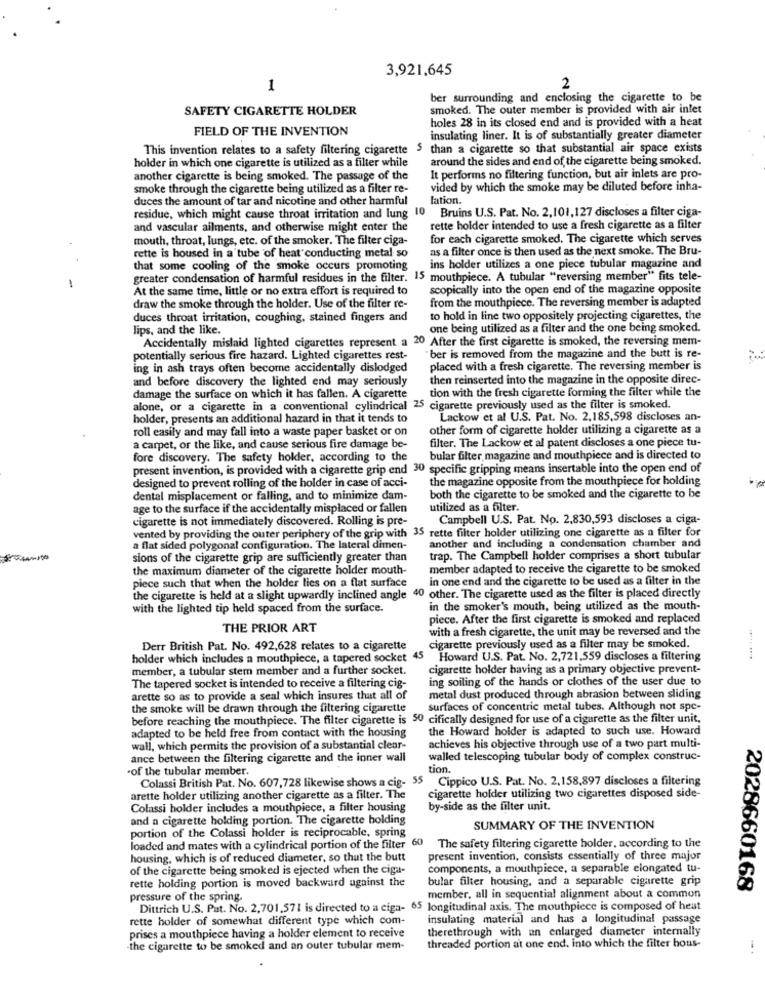
3,921,645
1
2
ber surrounding and enclosing the cigarette to be
SAFETY CIGARETTE HOLDER
smoked. The outer member is provided with air inlet
holes 28 in its closed end and is provided with a heat
FIELD OF THE INVENTION
insulating liner. It is of substantially greater diameter
This invention relates to a safety filtering cigarette $ than a cigarette so that substantial air space exists
holder in which one cigarette is utilized as a filter while
around the sides and end of the cigarette being smoked.
another cigarette is being smoked. The passage of the
It performs no filtering function, but air inlets are pro-
smoke through the cigarette being utilized as a filter re-
vided by which the smoke may be diluted before inha-
duces the amount of tar and nicotine and other harmful
lation.
residue, which might cause throat irritation and lung 10 Bruins U.S. Pat. No. 2,101,127 discloses a filter ciga-
and vascular ailments, and otherwise might enter the
rette holder intended to use a fresh cigarette as a filter
mouth, throat, lungs, etc. of the smoker. The filter ciga-
for each cigarette smoked. The cigarette which serves
as a filter once is then used as the next smoke. The Bru-
rette is housed in a tube of heat conducting metal so
that some cooling of the smoke occurs promoting
ins holder utilizes a one piece tubular magazine and
greater condensation of harmful residues in the filter. 15 mouthpiece. A tubular "reversing member" fits tele-
-
At the same time, little or no extra effort is required to
scopically into the open end of the magazine opposite
from the mouthpiece. The reversing member is adapted
draw the smoke through the holder. Use of the filter re-
duces throat irritation, coughing, stained fingers and
to hold in line two oppositely projecting cigarettes, the
lips, and the like.
one being utilized as a filter and the one being smoked.
Accidentally mislaid lighted cigarettes represent a 20 After the first cigarette is smoked, the reversing mem-
potentially serious fire hazard. Lighted cigarettes rest-
"ber is removed from the magazine and the butt is re-
ing in ash trays often become accidentally dislodged
placed with a fresh cigarette. The reversing member is
and before discovery the lighted end may seriously
then reinserted into the magazine in the opposite direc-
tion with the fresh cigarette forming the filter while the
damage the surface on which it has fallen. A cigarette
alone, or a cigarette in a conventional cylindrical 25 cigarette previously used as the filter is smoked.
holder, presents an additional hazard in that it tends to
Lackow et al U.S. Pat. No. 2.185,598 discloses an-
roll easily and may fall into a waste paper basket or on
other form of cigarette holder utilizing a cigarette as a
a carpet, or the like, and cause serious fire damage be-
filter. The Lackow et al patent discloses a one piece tu-
fore discovery. The safety holder, according to the
bular filter, magazine and mouthpiece and is directed to
present invention, is provided with a cigarette grip end 30 specific gripping means insertable into the open end of
designed to prevent rolling of the holder in case of acci-
the magazine opposite from the mouthpiece for holding
dental misplacement or falling, and to minimize dam-
both the cigarette to be smoked and the cigarette to be
age to the surface if the accidentally misplaced or fallen
utilized as a filter.
cigarette is not immediately discovered. Rolling is pre-
Campbell U.S. Pat. No. 2,830,593 discloses a ciga-
vented by providing the outer periphery of the grip with 35 rette filter holder utilizing one cigarette as a filter for
another and including a condensation chamber and
a flat sided polygonal configuration. The lateral dimen-
sions of the cigarette grip are sufficiently greater than
trap. The Campbell holder comprises a short tubular
the maximum diameter of the cigarette holder mouth-
member adapted to receive the cigarette to be smoked
in one end and the cigarette to be used as a filter in the
piece such that when the holder lies on a flat surface
the cigarette is held at a slight upwardly inclined angle 40 other. The cigarette used as the filter is placed directly
with the lighted tip held spaced from the surface.
in the smoker's mouth, being utilized as the mouth-
piece. After the first cigarette is smoked and replaced
THE PRIOR ART
with a fresh cigarette, the unit may be reversed and the
Derr British Pat. No. 492,628 relates to a cigarette
cigarette previously used as a filter may be smoked.
holder which includes a mouthpiece, a tapered socket 45 Howard U.S. Pat. No. 2,721,559 discloses a filtering
member, a tubular stem member and a further socket.
cigarette holder having as a primary objective prevent-
ing soiling of the hands or clothes of the user due to
The tapered socket is intended to receive a filtering cig-
arette so as to provide a seal which insures that all of
metal dust produced through abrasion between sliding
the smoke will be drawn through the filtering cigarette
surfaces of concentric metal tubes. Although not spe-
before reaching the mouthpiece. The filter cigarette is 50 cifically designed for use of a cigarette as the filter unit,
the Howard holder is adapted to such use. Howard
adapted to be held free from contact with the housing
wall, which permits the provision of a substantial clear-
achieves his objective through use of a two part multi-
ance between the filtering cigarette and the inner wall
walled telescoping tubular body of complex construc-
.of the tubular member.
tion.
Colassi British Pat. No. 607,728 likewise shows a cig- 55 Cippico U.S. Pat. No. 2,158,897 discloses a filtering
arette holder utilizing another cigarette as a filter. The
cigarette holder utilizing two cigarettes disposed side-
Colassi holder includes a mouthpiece, a filter housing
by-side as the filter unit.
and a cigarette holding portion. The cigarette holding
SUMMARY OF THE INVENTION
portion of the Colassi holder is reciprocable, spring
60
loaded and mates with a cylindrical portion of the filter
The safety filtering cigarette holder, according to the
housing, which is of reduced diameter, so that the butt
present invention, consists essentially of three major
of the cigarette being smoked is ejected when the ciga-
components, a mouthpiece, a separable elongated tu-
rette holding portion is moved backward against the
bular filter housing, and a separable cigarette grip
2028660168
pressure of the spring.
member, all in sequential alignment about a common
Dittrich U.S. Pat. No. 2,701,571 is directed to a ciga- 65 longitudinal axis. The mouthpiece is composed of heat
rette holder of somewhat different type which com-
insulating material and has a longitudinal passage
therethrough with an enlarged diameter internally
prises a mouthpiece having a holder element to receive
the cigarette to be smoked and an outer tubular mem-
threaded portion at one end. into which the filter hous-